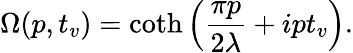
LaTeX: \Omega(p,t_{v})=\coth\left(\frac{\pi p}{2\lambda}+ipt_{v}\right).